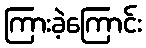
ကြားခဲ့ကြောင်း